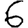
Digit: 6